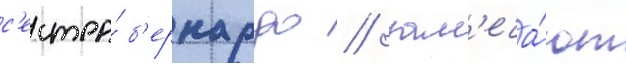
с'естра́ б'ернардо / зам'еча́ют